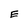
Character: E